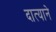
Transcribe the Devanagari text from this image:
दात्याने